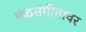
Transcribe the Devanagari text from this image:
कंठसंगीतावर